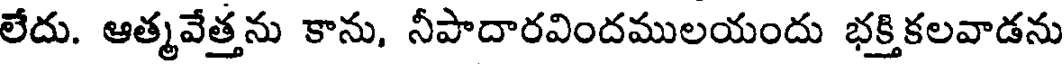
లేదు. ఆత్మవేత్తను కాను, నీపాదారవిందములయందు భక్తికలవాడను